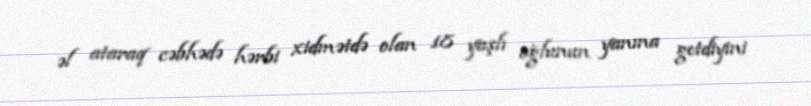
əl ataraq cəbhədə hərbi xidmətdə olan 18 yaşlı oğlunun yanına getdiyini